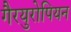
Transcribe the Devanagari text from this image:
गैरयुरोपियन